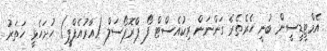
އެމްޓީޑީސީން ބުނީ ހެރެތެރެ ގަންނަން ރިކުއެސްޓް ފޯ ޕްރޮޕޯސަލް (އާރުއެފްޕީ) ހުށަހެޅީ ހަތަރު